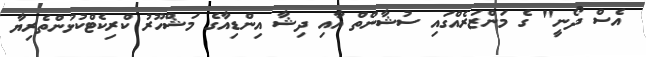
އެސް ދޯނީ" ގެ މަންޒަރެއްގައި ސުޝާންތް އާއި ދިޝާ އިންޑިއާގެ މަޝްހޫރު ކްރިކެޓްކުޅުންތެރިޔާ